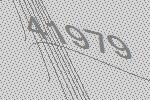
41979